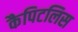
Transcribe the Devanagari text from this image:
कैपिटलिस